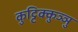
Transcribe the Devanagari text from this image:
कुट्टिक्कुञ्ञु